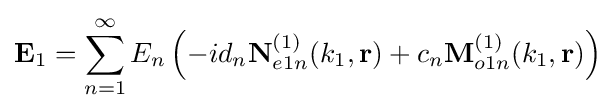
\mathbf {E} _{1}=\sum _{n=1}^{\infty }E_{n}\left(-id_{n}\mathbf {N} _{e1n}^{(1)}(k_{1},\mathbf {r} )+c_{n}\mathbf {M} _{o1n}^{(1)}(k_{1},\mathbf {r} )\right)